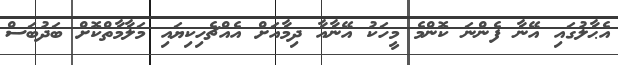
އެޙާލުގައި އޭނާ ފެންނަ ކޮންމެ މީހަކު އޭނާއާ ދިމާއަށް އެއްޗެހިކިޔައި މަލާމާތްކޮށް ބަދުބަސް